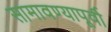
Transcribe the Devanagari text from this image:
सामावण्यापूर्वी